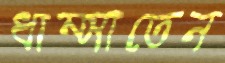
ধাম্‌সাতেন